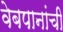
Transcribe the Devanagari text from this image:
वेबपानांची